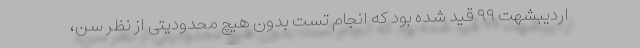
اردیبشهت ۹۹ قید شده بود که انجام تست بدون هیچ محدودیتی از نظر سن،